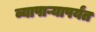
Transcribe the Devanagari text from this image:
व्यापाऱ्यापर्यंत